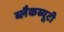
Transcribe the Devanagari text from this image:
ब्लैकब्यूटी